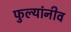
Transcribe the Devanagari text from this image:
फुल्यांनीव